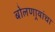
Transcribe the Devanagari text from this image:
बोलणार्‍यांचा